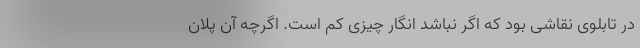
در تابلوی نقاشی بود که اگر نباشد انگار چیزی کم است. اگرچه آن پلان